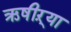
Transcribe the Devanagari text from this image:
ऋषीऱ्या